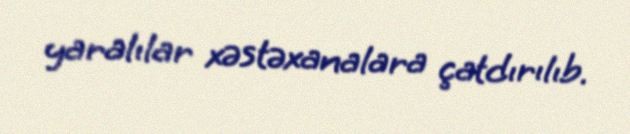
yaralılar xəstəxanalara çatdırılıb.